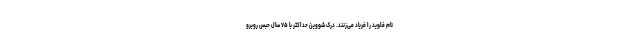
نام فلوید را فریاد می‌زنند. درک شووین حداکثر با ۷۵ سال حبس روبرو